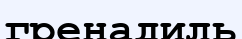
гренадиль